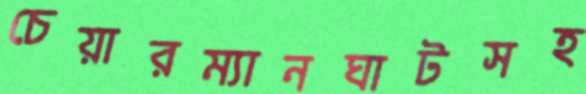
চেয়ারম্যানঘাটসহ